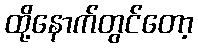
ထို့နောက်တွင်တော့